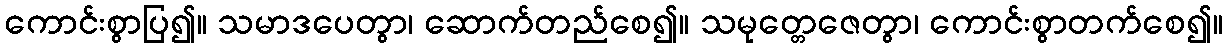
ကောင်းစွာပြ၍။ သမာဒပေတွာ၊ ဆောက်တည်စေ၍။ သမုတ္တေဇေတွာ၊ ကောင်းစွာတက်စေ၍။